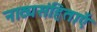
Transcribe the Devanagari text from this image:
नाट्यसंहिताएँ